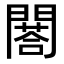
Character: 𨶀